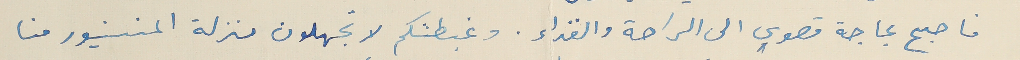
فاصبح بحاجة قصوي الى الراحة والغذاء. وغبطتكم لا تجهلون منزلة المنسنيور حنا